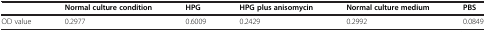
|  | Normal culture condition | HPG | HPG plus anisomycin | Normal culture medium | PBS |
 | --- | --- | --- | --- | --- | --- |
 | OD value | 0.2977 | 0.6009 | 0.2429 | 0.2992 | 0.0849 |